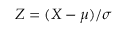
Z = ( X - \mu ) / \sigma